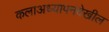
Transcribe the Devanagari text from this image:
कलाअध्यापनदेखील